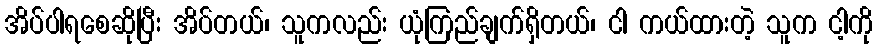
အိပ်ပါရစေဆိုပြီး အိပ်တယ်၊ သူကလည်း ယုံကြည်ချက်ရှိတယ်၊ ငါ ကယ်ထားတဲ့ သူက ငါ့ကို